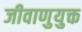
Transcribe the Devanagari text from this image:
जीवाणुयुक्त